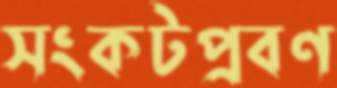
সংকটপ্রবণ